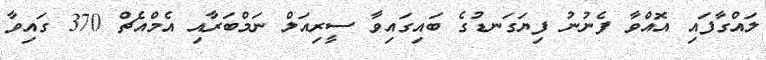
ލައްގާފައި އޮއްވާ ފެނުނު ފިޔަގަނޑުގެ ބައިގައިވާ ސީރިއަލް ނަމްބަރާއި އެމްއެޗް 370 ގައިވާ